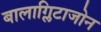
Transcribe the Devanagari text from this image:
बालाग्लिटाजोन